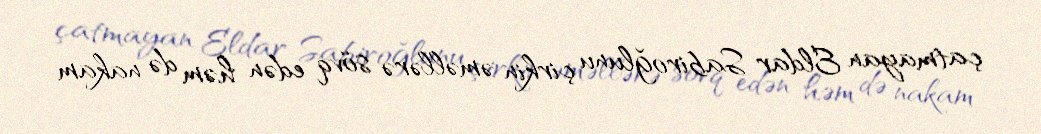
çatmayan Eldar Sabiroğlunu çirkin əməllərə sövq edən həm də nakam